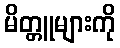
မိတ္တူများကို